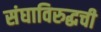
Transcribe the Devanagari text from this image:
संघाविरुद्धची